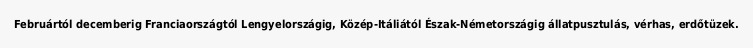
Februártól decemberig Franciaországtól Lengyelországig, Közép-Itáliától Észak-Németországig állatpusztulás, vérhas, erdőtüzek.